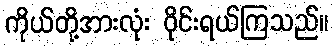
ကိုယ်တို့အားလုံး ဝိုင်းရယ်ကြသည်။